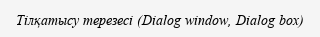
Тілқатысу терезесі (Dialog window, Dialog box)